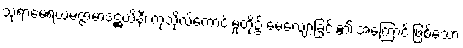
သုရာမေရယမဇ္ဇာမာဒဋ္ဌယိနီ၊ ကုသိုလ်ကောင်းမှုတို့၌ မေ့လျော့ခြင်း၏ အကြောင်းဖြစ်သော